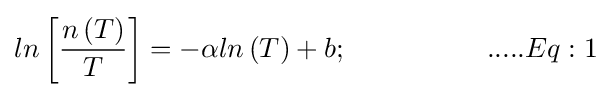
{\begin{alignedat}{5}ln\left[{\frac {n\left(T\right)}{T}}\right]=-\alpha ln\left(T\right)+b;\ \ \ \ \ \ \ \ \ \ \ \ \ \ \ .....Eq:1\end{alignedat}}